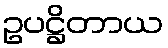
ဥပဋ္ဌိတာယ